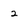
Character: 2